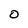
Character: O